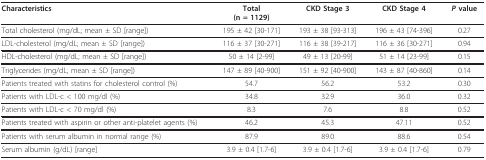
<table><thead><tr><td><b>Characteristics</b></td><td><b>Total(n = 1129)</b></td><td><b>CKD Stage 3</b></td><td><b>CKD Stage 4</b></td><td><b><i>P </i>value</b></td></tr></thead><tbody><tr><td>Total cholesterol (mg/dL; mean ± SD [range])</td><td>195 ± 42 [30-171]</td><td>193 ± 38 [93-313]</td><td>196 ± 43 [74-396]</td><td>0.27</td></tr><tr><td>LDL-cholesterol (mg/dL; mean ± SD [range])</td><td>116 ± 37 [30-271]</td><td>116 ± 38 [39-217]</td><td>116 ± 36 [30-271]</td><td>0.94</td></tr><tr><td>HDL-cholesterol (mg/dL; mean ± SD [range])</td><td>50 ± 14 [2-99]</td><td>49 ± 13 [20-99]</td><td>51 ± 14 [23-99]</td><td>0.15</td></tr><tr><td>Triglycerides (mg/dL; mean ± SD [range])</td><td>147 ± 89 [40-900]</td><td>151 ± 92 [40-900]</td><td>143 ± 87 [40-860]</td><td>0.14</td></tr><tr><td>Patients treated with statins for cholesterol control (%)</td><td>54.7</td><td>56.2</td><td>53.2</td><td>0.30</td></tr><tr><td>Patients with LDL-c &lt; 100 mg/dl (%)</td><td>34.8</td><td>32.9</td><td>36.0</td><td>0.32</td></tr><tr><td>Patients with LDL-c &lt; 70 mg/dl (%)</td><td>8.3</td><td>7.6</td><td>8.8</td><td>0.52</td></tr><tr><td>Patients treated with aspirin or other anti-platelet agents (%)</td><td>46.2</td><td>45.3</td><td>47.11</td><td>0.52</td></tr><tr><td>Patients with serum albumin in normal range (%)</td><td>87.9</td><td>89.0</td><td>88.6</td><td>0.54</td></tr><tr><td>Serum albumin (g/dL) [range]</td><td>3.9 ± 0.4 [1.7-6]</td><td>3.9 ± 0.4 [1.7-6]</td><td>3.9 ± 0.4 [1.7-6]</td><td>0.79</td></tr></tbody></table>